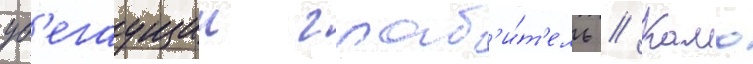
уб'егаущии граб'и́т'ель // Камо